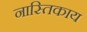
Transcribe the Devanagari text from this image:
नास्तिकाय